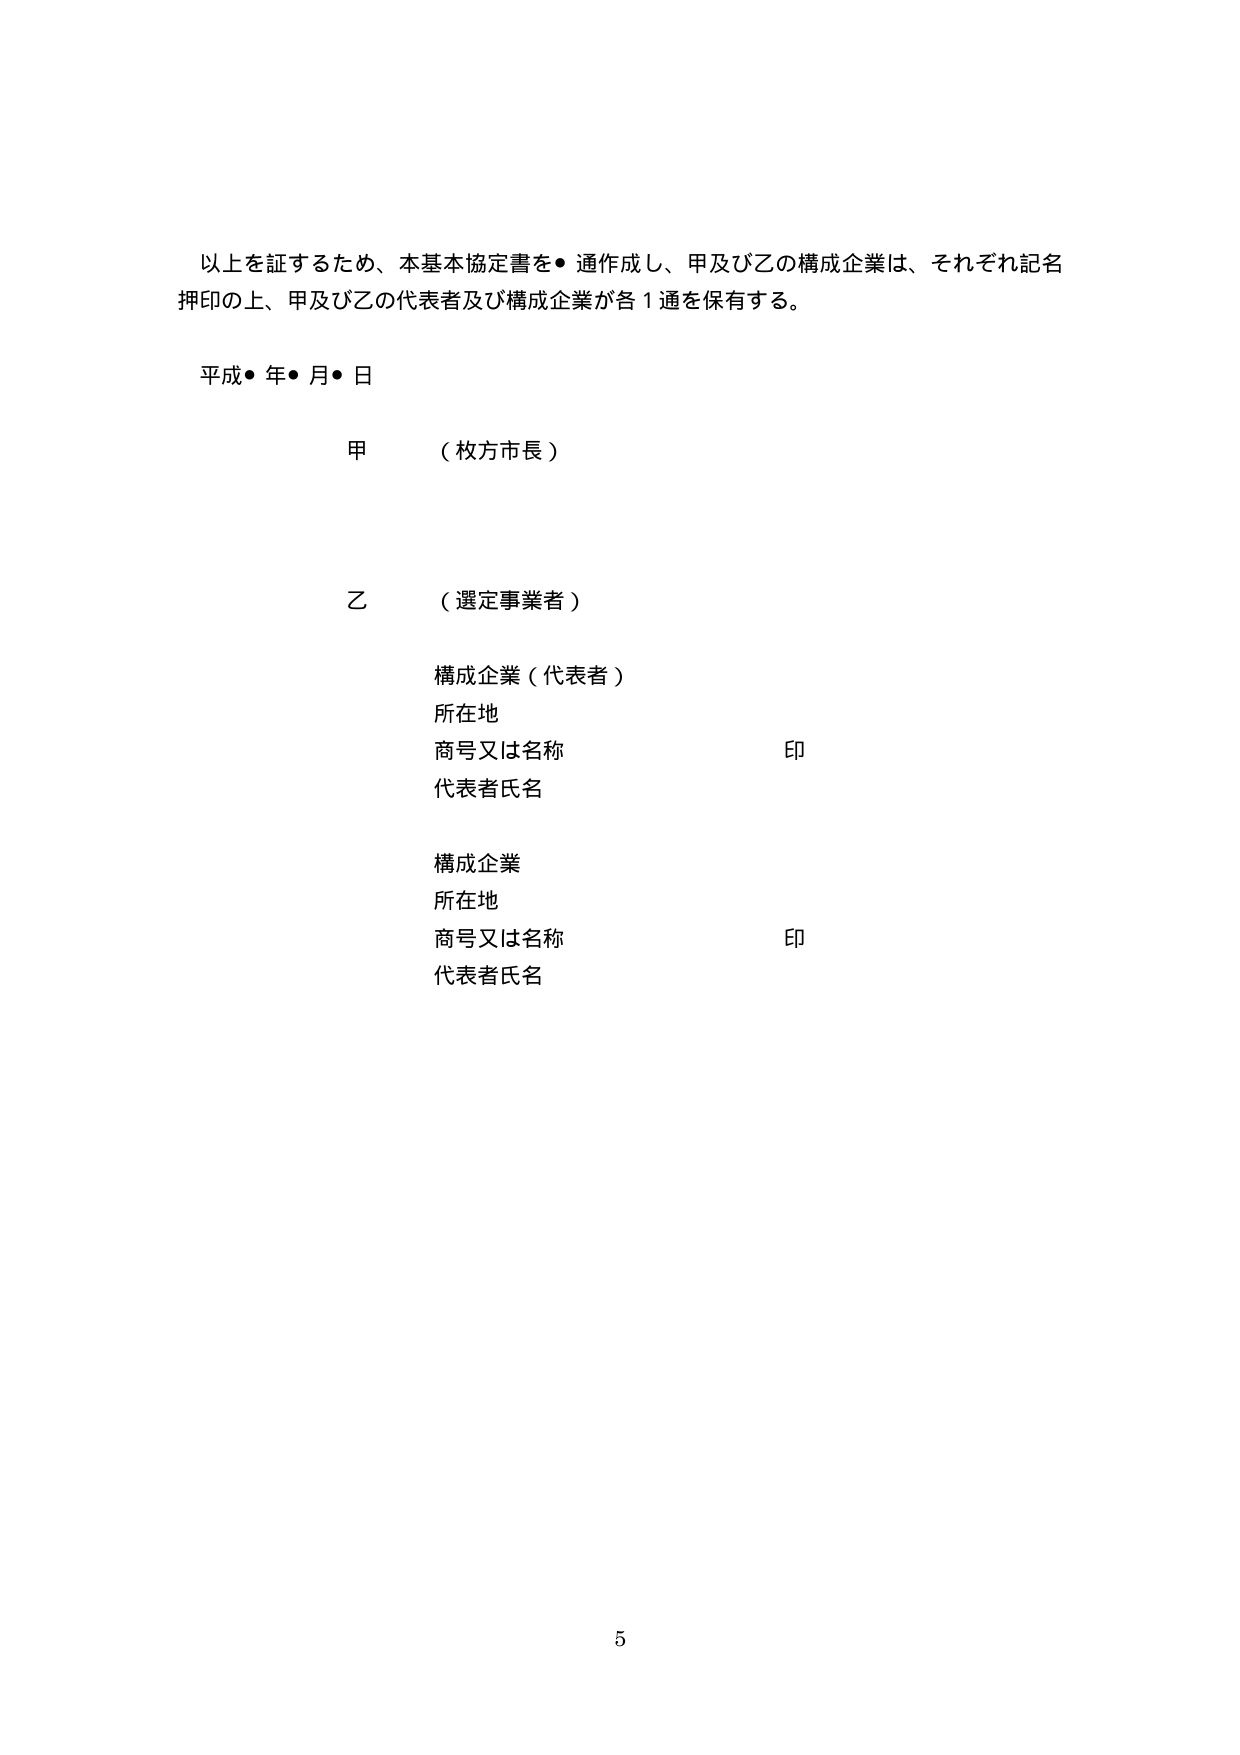
以上を証するため、本基本協定書を●通作成し、甲及び乙の構成企業は、それぞれ記名押印の上、甲及び乙の代表者及び構成企業が各1通を保有する。

平成●年●月●日

甲 （枚方市長）

乙 （選定事業者）

構成企業（代表者）
所在地
商号又は名称 印
代表者氏名

構成企業
所在地
商号又は名称 印
代表者氏名

5